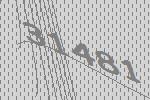
31481